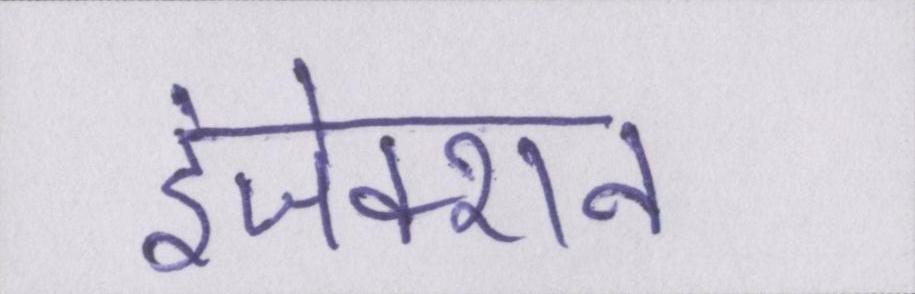
इंजेक्शन